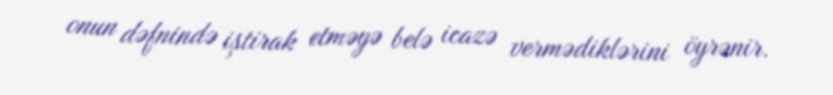
onun dəfnində iştirak etməyə belə icazə vermədiklərini öyrənir.